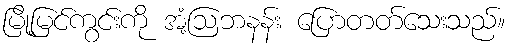
မြို့မြင်ကွင်းကို အံ့ဩဘနန်း ပြောတတ်သေးသည်။